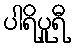
ပါရိပူရီ